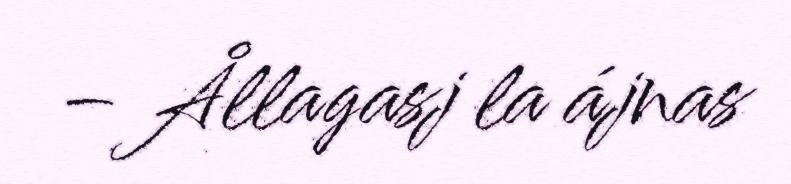
– Ållagasj la ájnas